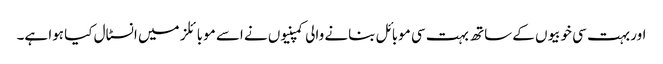
اور بہت سی خوبیوں کے ساتھ بہت سی موبائل بنانے والی کمپنیوں نے اسے موبائلز میں انسٹال کیا ہوا ہے۔